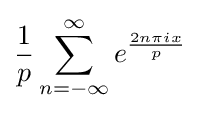
{\frac {1}{p}}\sum _{n=-\infty }^{\infty }e^{\frac {2n\pi ix}{p}}